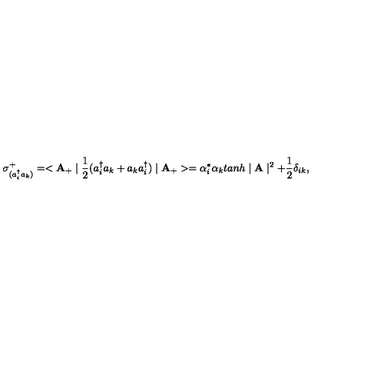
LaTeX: \sigma _ { ( a _ { i } ^ { \dag } a _ { k } ) } ^ { + } = < { \bf A } _ { + } \mid \frac { 1 } { 2 } ( a _ { i } ^ { \dag } a _ { k } + a _ { k } a _ { i } ^ { \dag } ) \mid { \bf A _ { + } } > = \alpha _ { i } ^ { * } \alpha _ { k } t a n h \mid { \bf A } \mid ^ { 2 } + \frac { 1 } { 2 } \delta _ { i k } , \nonumber \,